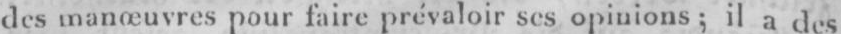
des manœuvres pour faireprévaloir ses opinions; ilades